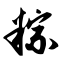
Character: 粽